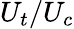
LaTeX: U_{t}/U_{c}